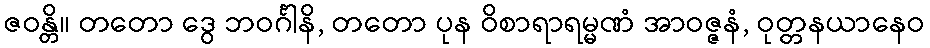
ဇဝန္တိ။ တတော ဒွေ ဘဝင်္ဂါနိ, တတော ပုန ဝိစာရာရမ္မဏံ အာဝဇ္ဇနံ, ဝုတ္တနယာနေဝ